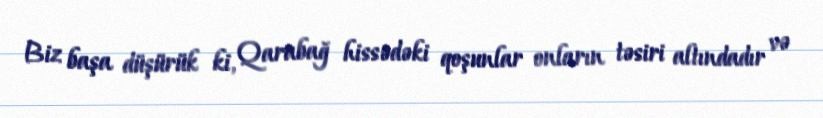
Biz başa düşürük ki, Qarabağ hissədəki qoşunlar onların təsiri altındadır və